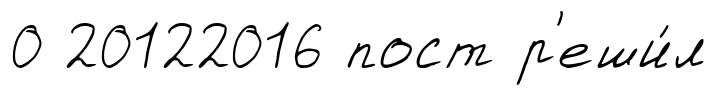
0 20122016 пост р'еши́л